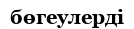
бөгеулерді